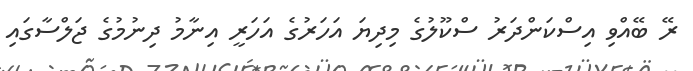
ރޭ ބޭއްވި އިސްކަންދަރު ސްކޫލުގެ މިދިޔަ އަހަރުގެ އަހަރީ އިނާމު ދިނުމުގެ ޖަލްސާގައި